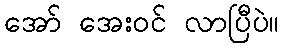
အော် အေးဝင် လာပြီပဲ။